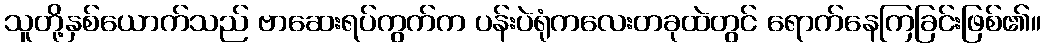
သူတို့နှစ်ယောက်သည် ဗာဆေးရပ်ကွက်က ပန်းပဲရုံကလေးတခုထဲတွင် ရောက်နေကြခြင်းဖြစ်၏။